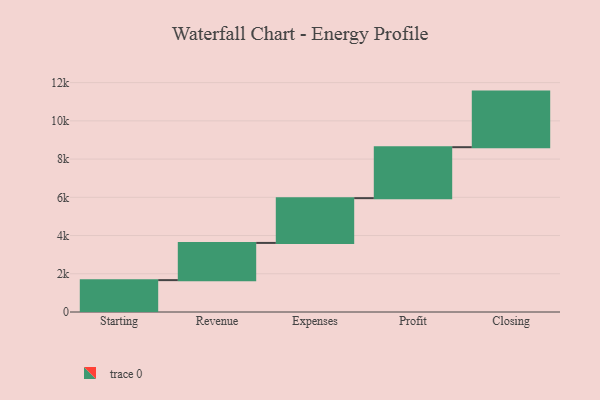
{"axis": {"x": "Step", "y": "Value"}, "legend": [""], "data": [{"x": "Starting", "y": 1667.0, "type": ""}, {"x": "Revenue", "y": 1947.0, "type": ""}, {"x": "Expenses", "y": 2342.0, "type": ""}, {"x": "Profit", "y": 2666.0, "type": ""}, {"x": "Closing", "y": 2908.0, "type": ""}]}